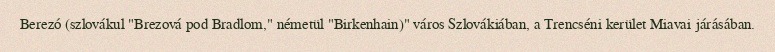
Berezó (szlovákul "Brezová pod Bradlom," németül "Birkenhain)" város Szlovákiában, a Trencséni kerület Miavai járásában.